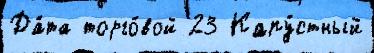
Да́та торго́вой 23 Капу́стный